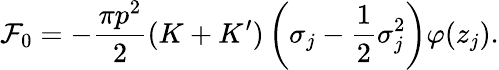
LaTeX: \mathcal F_{0}=-\frac{\pi p^{2}}{2}(K+K^{\prime})\left(\sigma_{j}-\frac{1}{2}\sigma_{j}^{2}\right)\varphi(z_{j}).